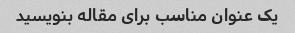
یک عنوان مناسب برای مقاله بنویسید